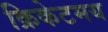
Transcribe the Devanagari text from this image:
क्रिकेटमय